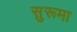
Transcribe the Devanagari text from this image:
सुरूमा